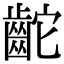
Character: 𪗩